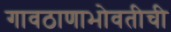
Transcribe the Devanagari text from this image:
गावठाणाभोवतीची